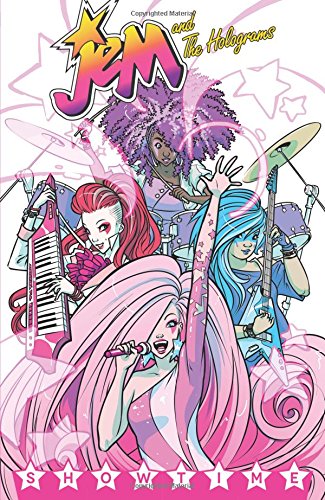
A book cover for Jem and the Holograms: Showtime (Jem and the Holograms Tp); Kelly Thompson; Comics & Graphic Novels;